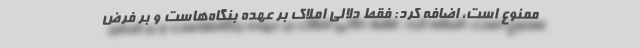
ممنوع است، اضافه کرد: فقط دلالی املاک بر عهده بنگاه‌هاست و بر فرض